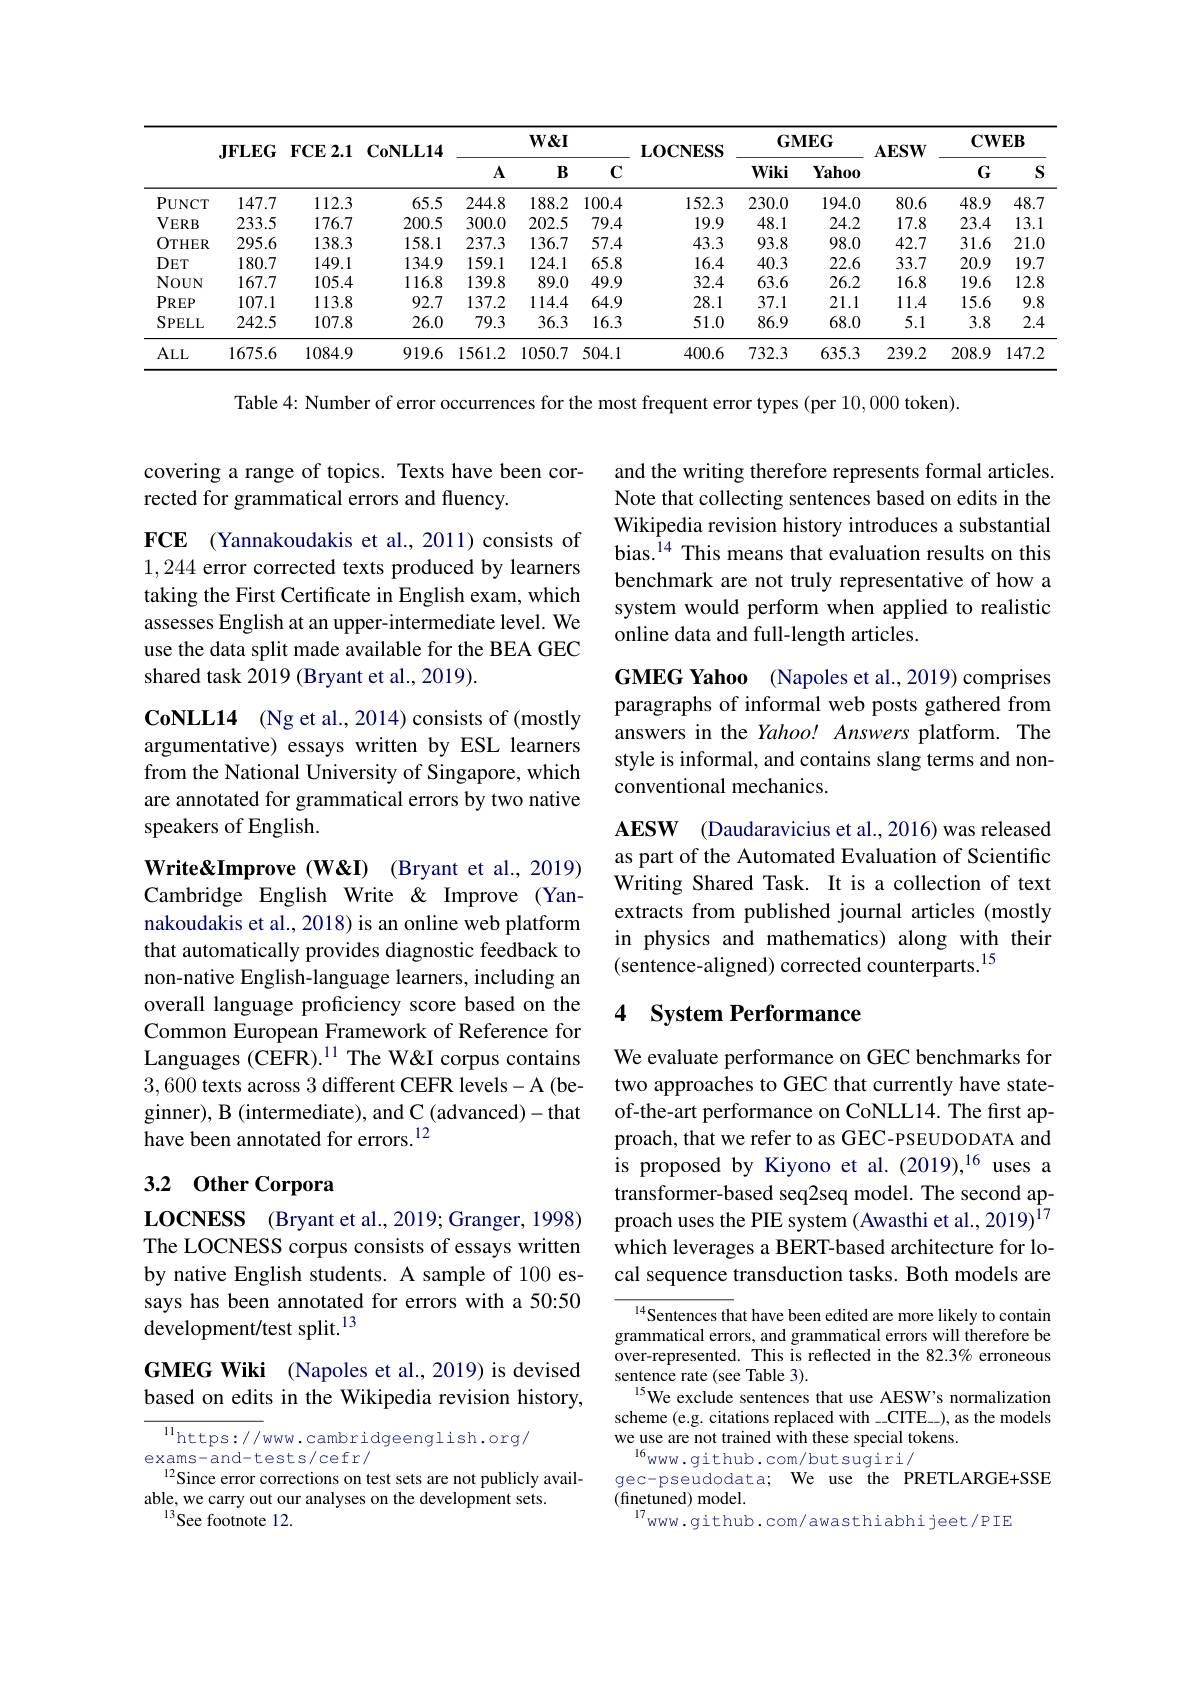
<table>
	<tbody>
		<tr>
			<th> </th>
			<th rowspan="2">$\mathbf{JFLEG}$</th>
			<th rowspan="2">$\mathbf{FCE}2.\mathbf{1}$</th>
			<th rowspan="2">$\mathbf{CoNLL14}$</th>
			<th colspan="3">$W\&I$</th>
			<th rowspan="2">LOCNESS</th>
			<th colspan="2">$\mathbf{GMEG}$</th>
			<th rowspan="2">$\mathbf{AESW}$</th>
			<th colspan="2">$\mathbf{CWEB}$</th>
		</tr>
		<tr>
			<th> </th>
			<th>$A$</th>
			<th>$B$</th>
			<th>$C$</th>
			<th>Wiki</th>
			<th>Yahoo</th>
			<th>$G$</th>
			<th>$S$</th>
		</tr>
		<tr>
			<td>$\mathbf{PUNCT}$</td>
			<td>147.7</td>
			<td>112.3</td>
			<td>65.5</td>
			<td>244.8</td>
			<td>188.2</td>
			<td>100.4</td>
			<td>152.3</td>
			<td>230.0</td>
			<td>194.0</td>
			<td>80.6</td>
			<td>48.9</td>
			<td>48.7</td>
		</tr>
		<tr>
			<td>$VERB$</td>
			<td>233.5</td>
			<td>176.7</td>
			<td>200.5</td>
			<td>300.0</td>
			<td>202.5</td>
			<td>79.4</td>
			<td>19.9</td>
			<td>48.1</td>
			<td>24.2</td>
			<td>17.8</td>
			<td>23.4</td>
			<td>13.1</td>
		</tr>
		<tr>
			<td>$OTHER$</td>
			<td>295.6</td>
			<td>138.3</td>
			<td>158.1</td>
			<td>237.3</td>
			<td>136.7</td>
			<td>57.4</td>
			<td>43.3</td>
			<td>93.8</td>
			<td>98.0</td>
			<td>42.7</td>
			<td>31.6</td>
			<td>21.0</td>
		</tr>
		<tr>
			<td>$DET$</td>
			<td>180.7</td>
			<td>149.1</td>
			<td>134.9</td>
			<td>159.1</td>
			<td>124.1</td>
			<td>65.8</td>
			<td>16.4</td>
			<td>40.3</td>
			<td>22.6</td>
			<td>33.7</td>
			<td>20.9</td>
			<td>19.7</td>
		</tr>
		<tr>
			<td>NOUN</td>
			<td>167.7</td>
			<td>105.4</td>
			<td>116.8</td>
			<td>139.8</td>
			<td>89.0</td>
			<td>49.9</td>
			<td>32.4</td>
			<td>63.6</td>
			<td>26.2</td>
			<td>16.8</td>
			<td>19.6</td>
			<td>12.8</td>
		</tr>
		<tr>
			<td>$PREP$</td>
			<td>107.1</td>
			<td>113.8</td>
			<td>92.7</td>
			<td>137.2</td>
			<td>114.4</td>
			<td>64.9</td>
			<td>28.1</td>
			<td>37.1</td>
			<td>21.1</td>
			<td>11.4</td>
			<td>15.6</td>
			<td>9.8</td>
		</tr>
		<tr>
			<td>$SPELL$</td>
			<td>242.5</td>
			<td>107.8</td>
			<td>26.0</td>
			<td>79.3</td>
			<td>36.3</td>
			<td>16.3</td>
			<td>51.0</td>
			<td>86.9</td>
			<td>68.0</td>
			<td>5.1</td>
			<td>3.8</td>
			<td>2.4</td>
		</tr>
		<tr>
			<td>$ALL$</td>
			<td>1675.6</td>
			<td>1084.9</td>
			<td>919.6</td>
			<td>1561.2</td>
			<td>1050.7</td>
			<td>504.1</td>
			<td>400.6</td>
			<td>732.3</td>
			<td>635.3</td>
			<td>239.2</td>
			<td>208.9</td>
			<td>147.2</td>
		</tr>
	</tbody>
</table>

Table 4: Number of error occurrences for the most frequent error types (per 10, 0000 token).

## covering a range of topics. Texts have been corrected for grammatical errors and fluency.

1,244 error corrected texts produced by learners taking the First Certificate in English exam, which assesses English at an upper-intermediate level. We use the data split made available for the BEA GEC shared task 2019 (Bryant et al., 2019).

CoNLL14 (Ng et al., 2014) consists of (mostly argumentative) essays written by ESL learners from the National University of Singapore, which are annotated for grammatical errors by two native speakers of English.

Write&Improve (W&I) (Bryant et al., 2019) Cambridge English Write & Improve (Yannakoudakis et al., 2018) is an online web platform overall language proficiency score based on the Common European Framework of Reference for Languages (CEFR).$^{11}$ The W&I corpus contains 3,600 texts across 3 different CEFR levels-A (beginner), B (intermediate), and C (advanced)-that have been annotated for errors.$^{12}$

# 3.2 Other Corpora

LOCNESS (Bryant et al., 2019; Granger, 1998) The LOCNESS corpus consists of essays written by native English students. A sample of 100 essays has been annotated for errors with a 50:50 development/test split.$^{13}$

GMEG Wiki (Napoles et al.,2019) is devised based on edits in the Wikipedia revision history,

${\frac{\mathrm{ll}}{\mathrm{https://www.cambridgeenglish.org/}}}$
exams-and-tests/cefr/
$^{12}$Since error corrections on test sets are not publicly avail-
able, we carry out our analyses on the development sets.
$^{13}$See footnote 12.

and the writing therefore represents formal articles. Note that collecting sentences based on edits in the Wikipedia revision history introduces a substantial
$\mathbf{FCE}$ (Yannakoudakis et al, 2011) consists of bias.$^{14}$This means that evaluation results on this
benchmark are not truly representative of how a system would perform when applied to realistic online data and full-length articles.

GMEG Yahoo (Napoles et al.,2019) comprises paragraphs of informal web posts gathered from answers in the Yahoo! Answers platform. The style is informal, and contains slang terms and nonconventional mechanics.

AESW (Daudaravicius et al.,2016) was released as part of the Automated Evaluation of Scientific Writing Shared Task. It is a collection of text extracts from published journal articles (mostly in physics and mathematics) along with their
that automatically provides diagnostic feedback to m pilysics anu mallemalts) along will non-native English-language learners, including an (sentence-aligned) corrected counterparts.$^{15}$

## 4 System Performance

We evaluate performance on GEC benchmarks for two approaches to GEC that currently have stateof-the-art performance on CoNLL14. The first approach, that we refer to as GEC-PSEUDODATA and is proposed by Kiyono et al.(2019),$^{16}$ uses a transformer-based seq2seq model. The second approach uses the PIE system (Awasthi et al., 2019)$^{\hat{1}7}$ which leverages a BERT-based architecture for local sequence transduction tasks. Both models are

$^{14}$Sentences that have been edited are more likely to contain grammatical errors, and grammatical errors will therefore be over-represented. This is reflected in the 82.3% erroneous sentence rate (see Table 3).
$^{15}$We exclude sentences that use AESW's normalization scheme (e.g. citations replaced with CITE-), as the models we use are not trained with these special tokens.
$^{16}$www.github.com/butsugiri/
gec-pseudodata; We use the PRETLARGE+SSE
(finetuned) model.
www.qithub.com/awasthiabhijeet/PIE